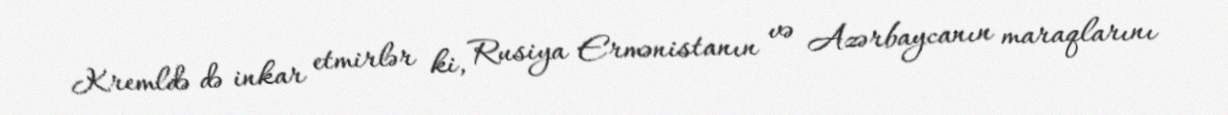
Kremldə də inkar etmirlər ki, Rusiya Ermənistanın və Azərbaycanın maraqlarını